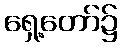
ရှေ့တော်၌